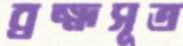
ব্রহ্মসূত্র